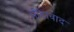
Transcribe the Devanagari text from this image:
पीड़ावाद